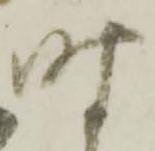
時